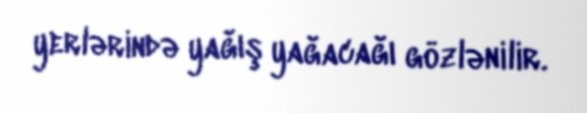
yerlərində yağış yağacağı gözlənilir.